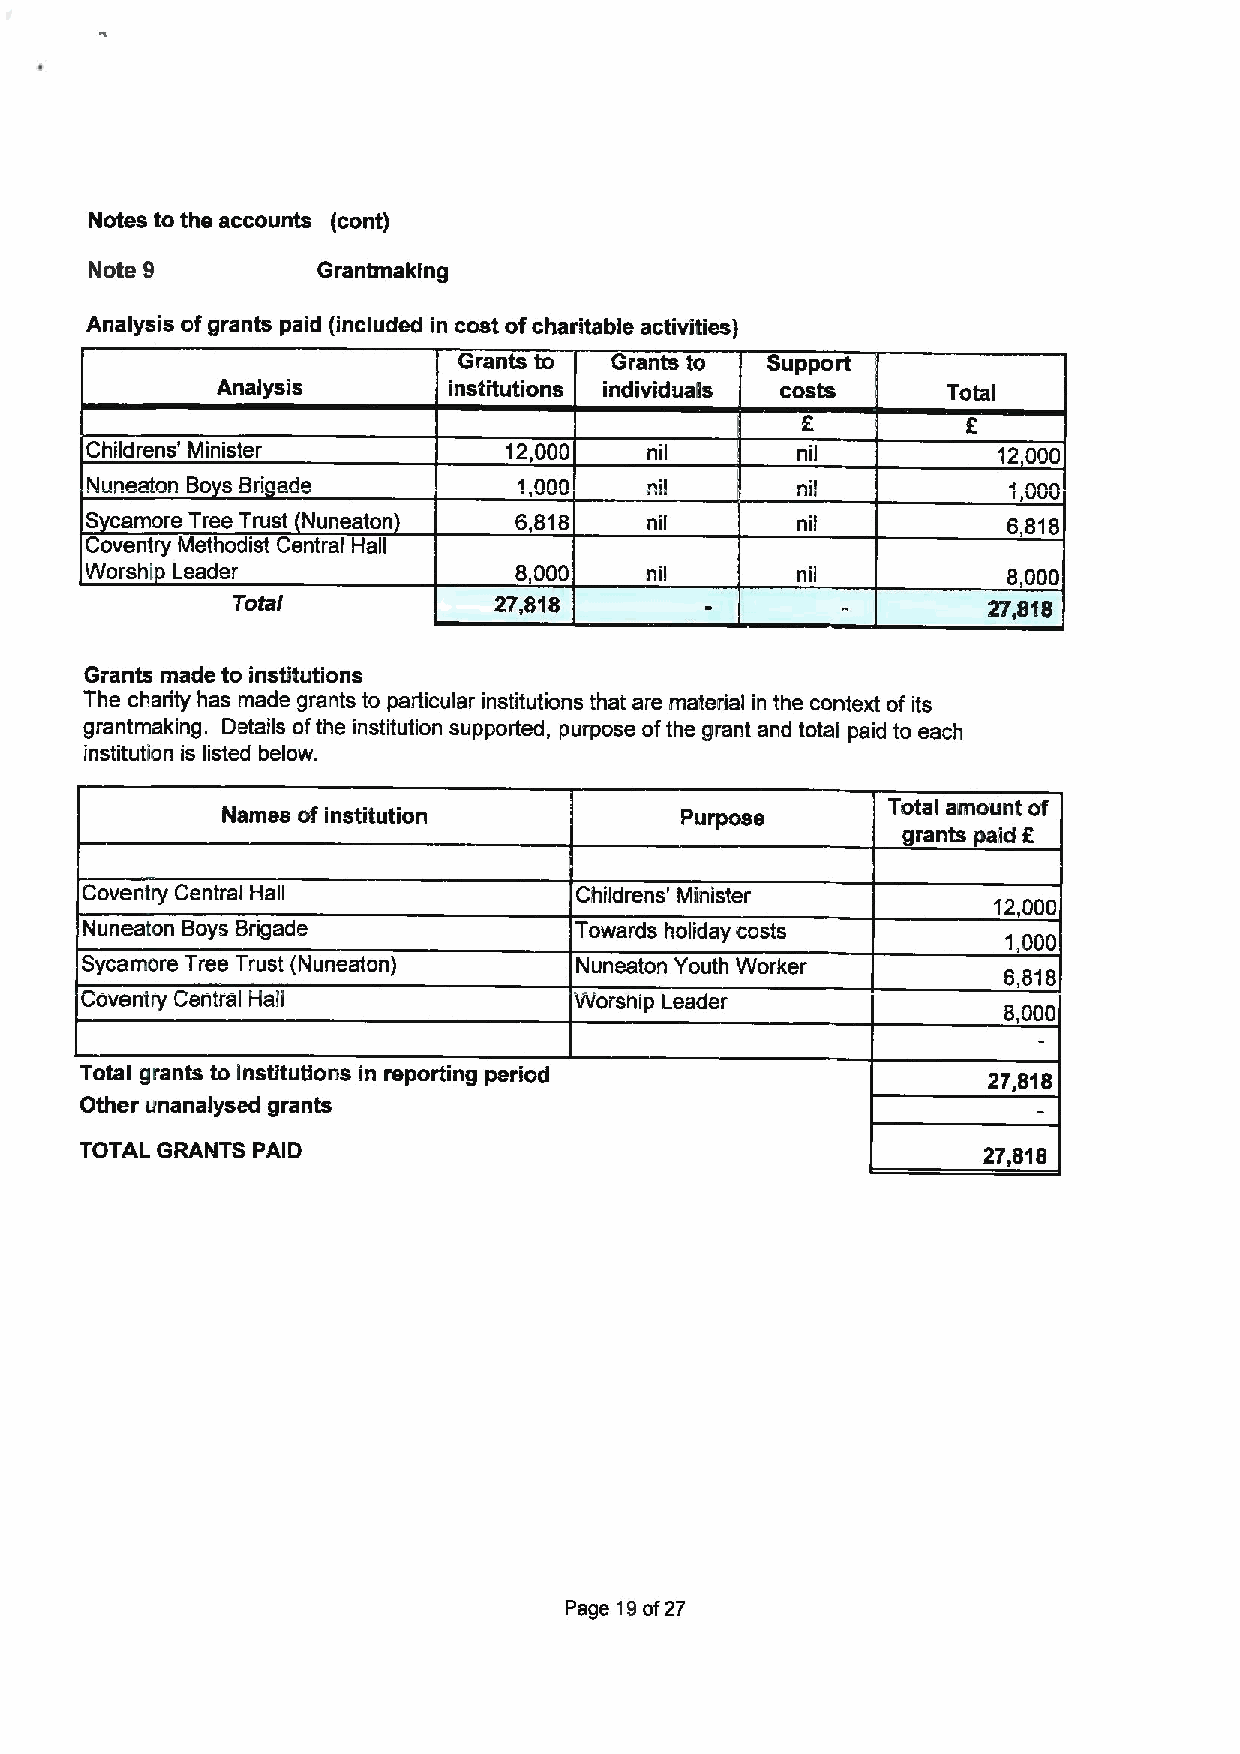
Notes to the accounts (cont)
 Note 8         Grantmaking
 Analysis ofgrants paid {included in cost ofcharitable activities)
 Grants to Grants to  Support
 Analysis        institutions individuals costs   Total
 Childrens' Minister        12,000    nil       nil          12,000
 Nuneaton Bo s Bri ade                nil       nil           1,000
 S camore Tree Trust Nuneaton 6,818   nil       nil           6,818
 Coventry Methodist Central Hall
 Worshi Leader               8,000    nil       nil           8,000
 Total             27,818
 Grants made to institutions
 The charity has made grants to particular institutions that are maledal in the context of its
 grantmaking. Details oithe institution supported, purpose ofthe grant and total paid to each
 institution is listed below.
 Names of institution          Purpose       Total amount of
 grants paid 6
 Coventry Central Hall            Childrens' Minister
 12000
 Nuneaton Boys Brigade            Towards holiday costs
 1 000
 Sycamore Tree Trust (Nuneaton)   Nuneaton Youth Worker
 6,818
 Coventry Central Hall            Worship Leader
 8 000
 Total grants to institutions in reporting period            27,818
 Other unanalysed grants
 TOTAL GRANTS PAID                                           27,818
 Page 19of27